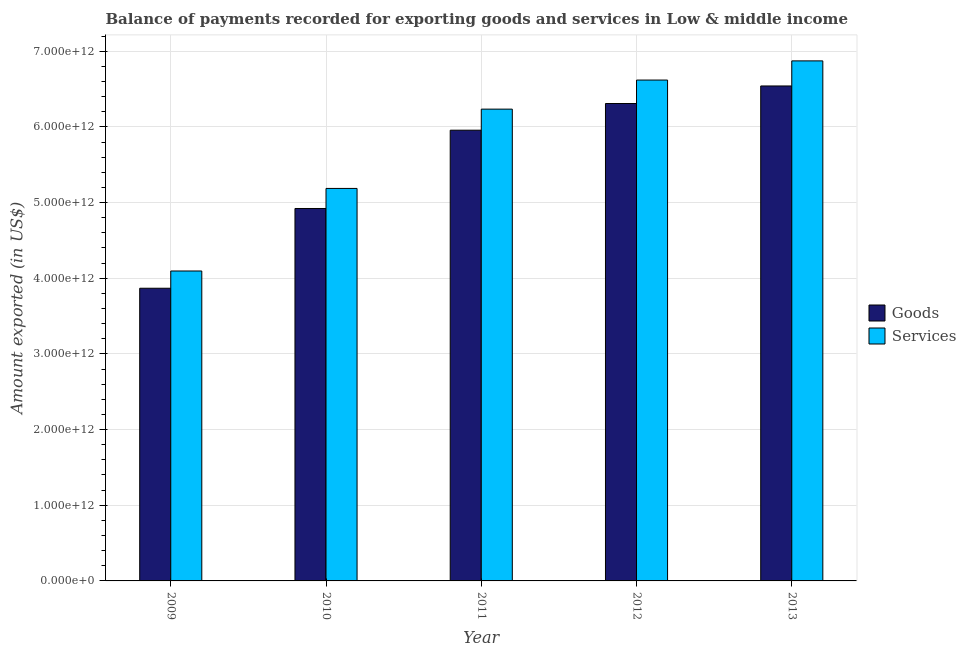
| Year | Goods | Services |
 | --- | --- | --- |
 | 2009 | 3.87e+12 | 4.1e+12 |
 | 2010 | 4.92e+12 | 5.19e+12 |
 | 2011 | 5.96e+12 | 6.23e+12 |
 | 2012 | 6.31e+12 | 6.62e+12 |
 | 2013 | 6.54e+12 | 6.87e+12 |